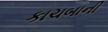
કાચબાની